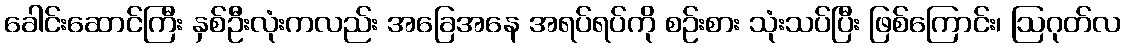
ခေါင်းဆောင်ကြီး နှစ်ဦးလုံးကလည်း အခြေအနေ အရပ်ရပ်ကို စဉ်းစား သုံးသပ်ပြီး ဖြစ်ကြောင်း၊ ဩဂုတ်လ